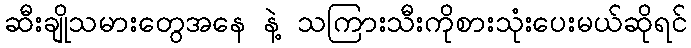
ဆီးချိုသမားတွေအနေ နဲ့ သကြားသီးကိုစားသုံးပေးမယ်ဆိုရင်